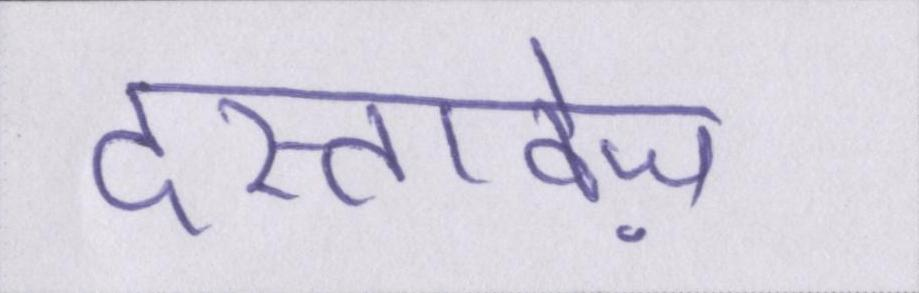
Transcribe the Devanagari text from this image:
दस्तावेज़